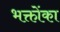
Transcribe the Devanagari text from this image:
भक्तोंका